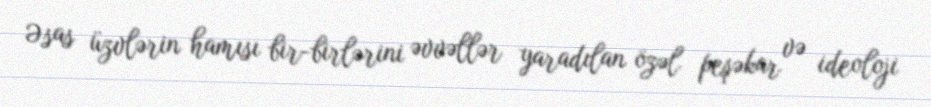
Əsas üzvlərin hamısı bir-birlərini əvvəllər yaradılan özəl peşəkar və ideoloji